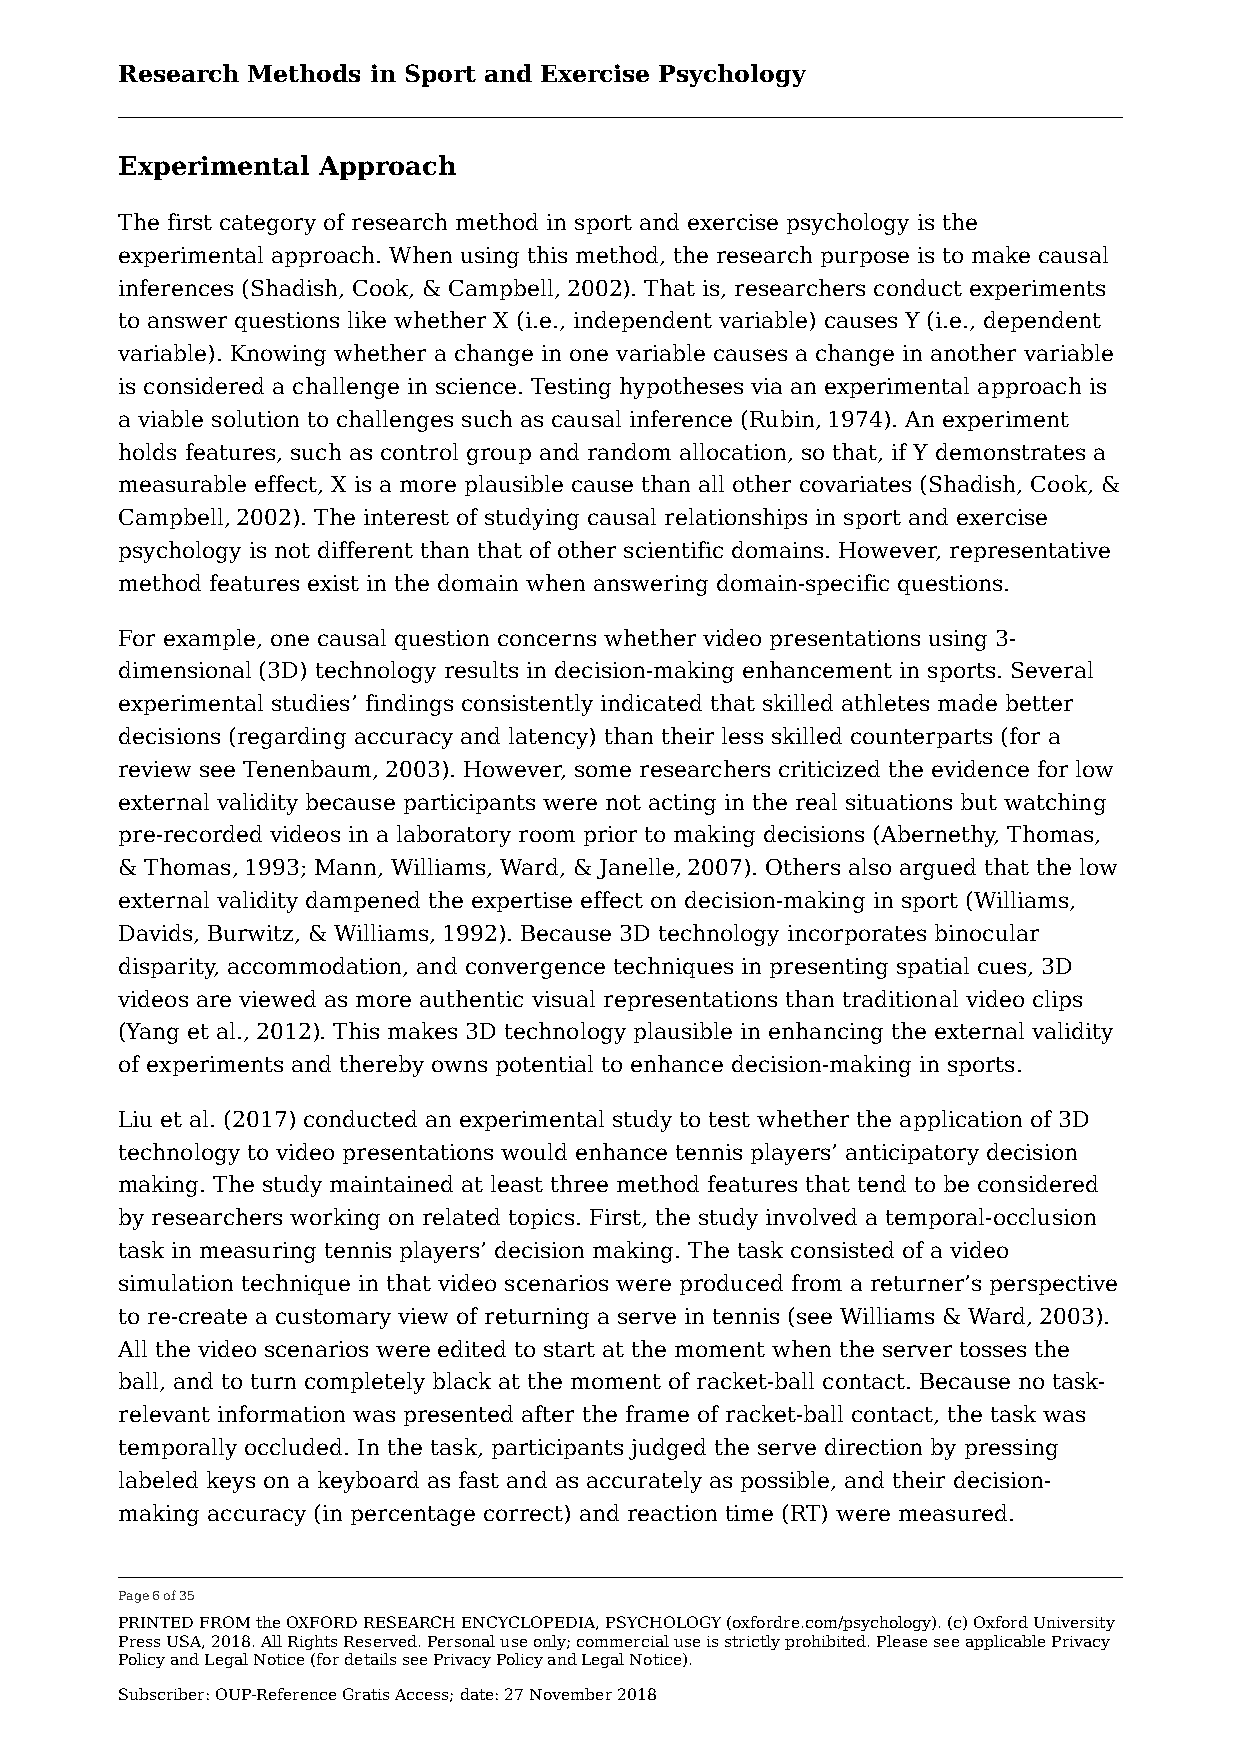
Research Methods in Sport and Exercise Psychology
 Experimental Approach
 The first category of research method in sport and exercise psychology is the
 experimental approach. When using this method, the research purpose is to make causal
 inferences (Shadish, Cook, & Campbell, 2002). That is, researchers conduct experiments
 to answer questions like whether X (i.e., independent variable) causes Y (i.e., dependent
 variable). Knowing whether a change in one variable causes a change in another variable
 is considered a challenge in science. Testing hypotheses via an experimental approach is
 a viable solution to challenges such as causal inference (Rubin, 1974). An experiment
 holds features, such as control group and random allocation, so that, if Y demonstrates a
 measurable effect, X is a more plausible cause than all other covariates (Shadish, Cook, &
 Campbell, 2002). The interest of studying causal relationships in sport and exercise
 psychology is not different than that of other scientific domains. However, representative
 method features exist in the domain when answering domain-specific questions.
 For example, one causal question concerns whether video presentations using 3-
 dimensional (3D) technology results in decision-making enhancement in sports. Several
 experimental studies’ findings consistently indicated that skilled athletes made better
 decisions (regarding accuracy and latency) than their less skilled counterparts (for a
 review see Tenenbaum, 2003). However, some researchers criticized the evidence for low
 external validity because participants were not acting in the real situations but watching
 pre-recorded videos in a laboratory room prior to making decisions (Abernethy, Thomas,
 & Thomas, 1993; Mann, Williams, Ward, & Janelle, 2007). Others also argued that the low
 external validity dampened the expertise effect on decision-making in sport (Williams,
 Davids, Burwitz, & Williams, 1992). Because 3D technology incorporates binocular
 disparity, accommodation, and convergence techniques in presenting spatial cues, 3D
 videos are viewed as more authentic visual representations than traditional video clips
 (Yang et al., 2012). This makes 3D technology plausible in enhancing the external validity
 of experiments and thereby owns potential to enhance decision-making in sports.
 Liu et al. (2017) conducted an experimental study to test whether the application of 3D
 technology to video presentations would enhance tennis players’ anticipatory decision
 making. The study maintained at least three method features that tend to be considered
 by researchers working on related topics. First, the study involved a temporal-occlusion
 task in measuring tennis players’ decision making. The task consisted of a video
 simulation technique in that video scenarios were produced from a returner’s perspective
 to re-create a customary view of returning a serve in tennis (see Williams & Ward, 2003).
 All the video scenarios were edited to start at the moment when the server tosses the
 ball, and to turn completely black at the moment of racket-ball contact. Because no task-
 relevant information was presented after the frame of racket-ball contact, the task was
 temporally occluded. In the task, participants judged the serve direction by pressing
 labeled keys on a keyboard as fast and as accurately as possible, and their decision-
 making accuracy (in percentage correct) and reaction time (RT) were measured.
 Page 6 of 35
 PRINTED FROM the OXFORD RESEARCH ENCYCLOPEDIA, PSYCHOLOGY (oxfordre.com/psychology). (c) Oxford University
 Press USA, 2018. All Rights Reserved. Personal use only; commercial use is strictly prohibited. Please see applicable Privacy
 Policy and Legal Notice (for details see Privacy Policy and Legal Notice).
 Subscriber: OUP-Reference Gratis Access; date: 27 November 2018